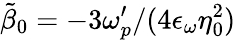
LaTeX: \tilde{\beta}_{0}=-3\omega_{p}^{\prime}/(4\epsilon_{\omega}\eta_{0}^{2})